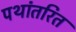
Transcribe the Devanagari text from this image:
पथांतरित